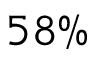
5 8 \%